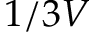
1 / 3 V